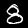
Digit: 8